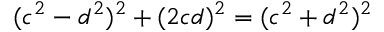
( c ^ { 2 } - d ^ { 2 } ) ^ { 2 } + ( 2 c d ) ^ { 2 } = ( c ^ { 2 } + d ^ { 2 } ) ^ { 2 }